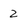
Character: 2